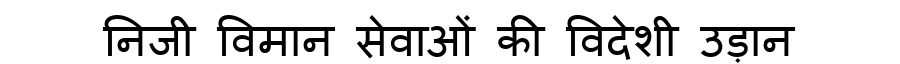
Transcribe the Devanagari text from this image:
निजी विमान सेवाओं की विदेशी उड़ान